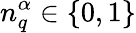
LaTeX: {n}_{q}^{\alpha}\in\lbrace 0,1\rbrace